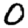
Digit: 0